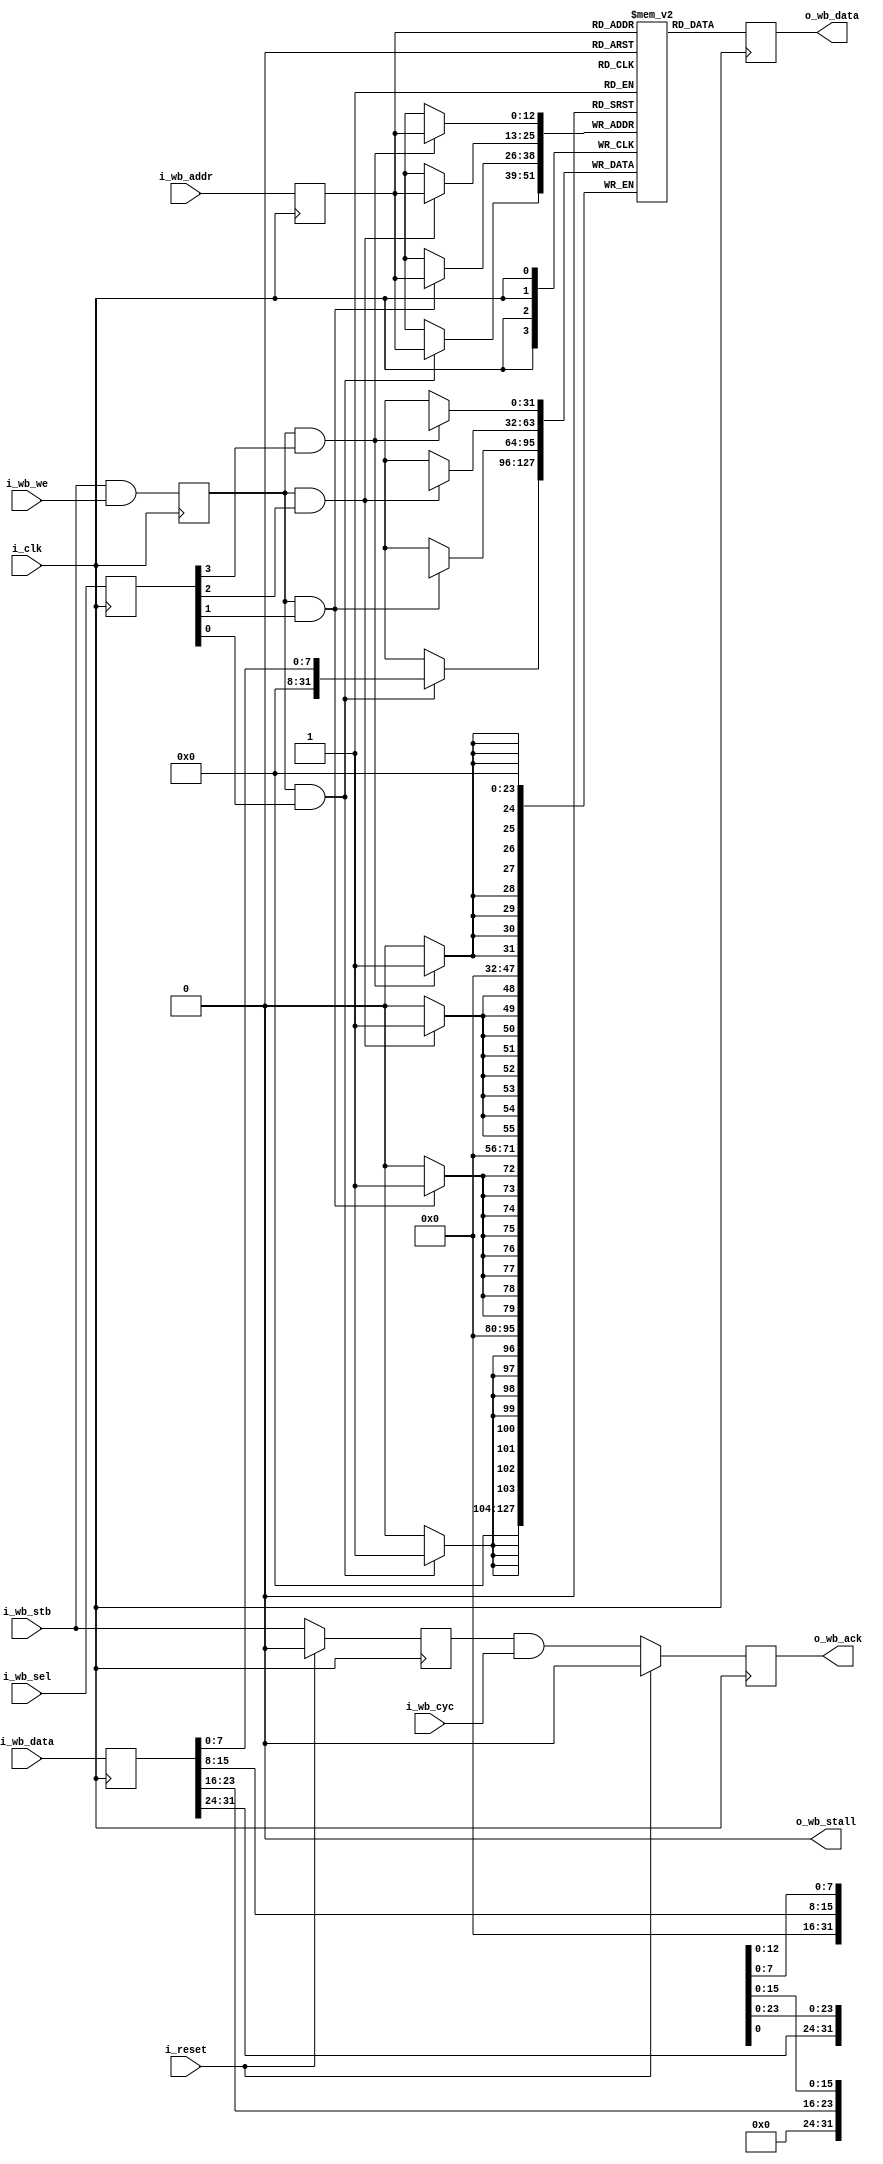
////////////////////////////////////////////////////////////////////////////////
//
//
// Project:	ZBasic, a generic toplevel impl using the full ZipCPU
//
// Purpose:	This file is really simple: it creates an on-chip memory,
//		accessible via the wishbone bus, that can be used in this
//	project.  The memory has single cycle pipeline access, although the
//	memory pipeline here still costs a cycle and there may be other cycles
//	lost between the ZipCPU (or whatever is the master of the bus) and this,
//	thus costing more cycles in access.  Either way, operations can be
//	pipelined for single cycle access on subsequent transactions.
//
//
// Creator:	Dan Gisselquist, Ph.D.
//		Gisselquist Technology, LLC
//
////////////////////////////////////////////////////////////////////////////////
//
// Copyright (C) 2015-2018, Gisselquist Technology, LLC
//
// This program is free software (firmware): you can redistribute it and/or
// modify it under the terms of  the GNU General Public License as published
// by the Free Software Foundation, either version 3 of the License, or (at
// your option) any later version.
//
// This program is distributed in the hope that it will be useful, but WITHOUT
// ANY WARRANTY; without even the implied warranty of MERCHANTIBILITY or
// FITNESS FOR A PARTICULAR PURPOSE.  See the GNU General Public License
// for more details.
//
// You should have received a copy of the GNU General Public License along
// with this program.  (It's in the $(ROOT)/doc directory.  Run make with no
// target there if the PDF file isn't present.)  If not, see
// <http://www.gnu.org/licenses/> for a copy.
//
// License:	GPL, v3, as defined and found on www.gnu.org,
//		http://www.gnu.org/licenses/gpl.html
//
//
////////////////////////////////////////////////////////////////////////////////
//
//
`default_nettype	none
//
module	memdev(i_clk, i_reset,
		i_wb_cyc, i_wb_stb, i_wb_we, i_wb_addr, i_wb_data, i_wb_sel,
		o_wb_ack, o_wb_stall, o_wb_data);
	parameter	LGMEMSZ=15, DW=32, EXTRACLOCK= 1;
	parameter	HEXFILE="";
	parameter [0:0]	OPT_ROM = 1'b0;
	localparam	AW = LGMEMSZ - 2;
	input	wire			i_clk, i_reset;
	input	wire			i_wb_cyc, i_wb_stb, i_wb_we;
	input	wire	[(AW-1):0]	i_wb_addr;
	input	wire	[(DW-1):0]	i_wb_data;
	input	wire	[(DW/8-1):0]	i_wb_sel;
	output	reg			o_wb_ack;
	output	wire			o_wb_stall;
	output	reg	[(DW-1):0]	o_wb_data;

	wire			w_wstb, w_stb;
	wire	[(DW-1):0]	w_data;
	wire	[(AW-1):0]	w_addr;
	wire	[(DW/8-1):0]	w_sel;

	reg	[(DW-1):0]	mem	[0:((1<<AW)-1)];

	generate if (HEXFILE != 0)
	begin : PRELOAD_MEMORY

		initial	$readmemh(HEXFILE, mem);

	end endgenerate

	generate
	if (EXTRACLOCK == 0)
	begin

		assign	w_wstb = (i_wb_stb)&&(i_wb_we);
		assign	w_stb  = i_wb_stb;
		assign	w_addr = i_wb_addr;
		assign	w_data = i_wb_data;
		assign	w_sel  = i_wb_sel;

	end else begin

		reg		last_wstb, last_stb;
		always @(posedge i_clk)
			last_wstb <= (i_wb_stb)&&(i_wb_we);

		initial	last_stb = 1'b0;
		always @(posedge i_clk)
		if (i_reset)
			last_stb <= 1'b0;
		else
			last_stb <= (i_wb_stb);

		reg	[(AW-1):0]	last_addr;
		reg	[(DW-1):0]	last_data;
		reg	[(DW/8-1):0]	last_sel;
		always @(posedge i_clk)
			last_data <= i_wb_data;
		always @(posedge i_clk)
			last_addr <= i_wb_addr;
		always @(posedge i_clk)
			last_sel <= i_wb_sel;

		assign	w_wstb = last_wstb;
		assign	w_stb  = last_stb;
		assign	w_addr = last_addr;
		assign	w_data = last_data;
		assign	w_sel  = last_sel;
	end endgenerate

	always @(posedge i_clk)
		o_wb_data <= mem[w_addr];

	generate if (!OPT_ROM)
	begin : WRITE_TO_MEMORY

		always @(posedge i_clk)
		begin
			if ((w_wstb)&&(w_sel[3]))
				mem[w_addr][31:24] <= w_data[31:24];
			if ((w_wstb)&&(w_sel[2]))
				mem[w_addr][23:16] <= w_data[23:16];
			if ((w_wstb)&&(w_sel[1]))
				mem[w_addr][15: 8] <= w_data[15:8];
			if ((w_wstb)&&(w_sel[0]))
				mem[w_addr][ 7: 0] <= w_data[7:0];
		end
`ifdef	VERILATOR
	end else begin : VERILATOR_ROM

		// Make Verilator happy
		// Verilator lint_off UNUSED
		wire	[DW+DW/8:0]	rom_unused;
		assign	rom_unused = { w_wstb, w_data, w_sel };
		// Verilator lint_on  UNUSED
`endif
	end endgenerate

	initial	o_wb_ack = 1'b0;
	always @(posedge i_clk)
	if (i_reset)
		o_wb_ack <= 1'b0;
	else
		o_wb_ack <= (w_stb)&&(i_wb_cyc);

	assign	o_wb_stall = 1'b0;

	// Make verilator happy
	// verilator lint_off UNUSED
	wire	unused;
	assign	unused = i_wb_cyc;
	// verilator lint_on UNUSED


`ifdef	FORMAL
// Formal properties for this module are maintained elsewhere
`endif
endmodule